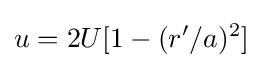
u=2U[1-(r'/a)^{2}]